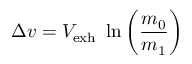
\Delta v = V _ { \mathrm { { e x h } } } ~ \ln \left( { \frac { m _ { 0 } } { m _ { 1 } } } \right)